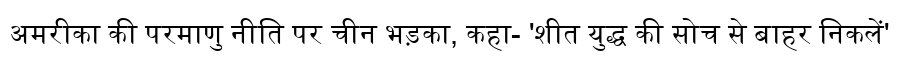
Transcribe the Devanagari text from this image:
अमरीका की परमाणु नीति पर चीन भड़का, कहा- 'शीत युद्ध की सोच से बाहर निकलें'